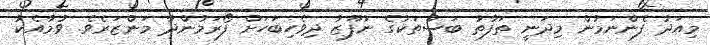
މިއަދު ފެންނަމުން މިދަނީ ތަފާތު ބަސްތަކުގެ ނުފޫޒު ދިވެހިބަހަށް ފޯރަމުންދާ މަންޒަރެވެ. ވުމާއެކު